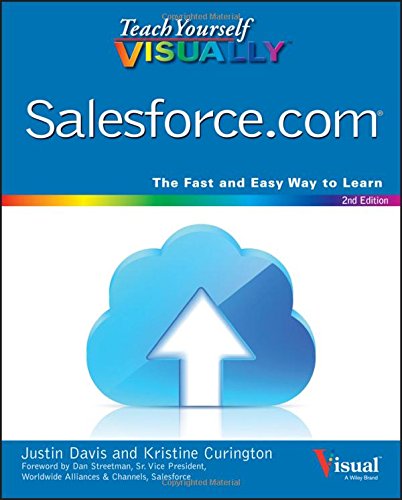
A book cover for Teach Yourself VISUALLY Salesforce.com (Teach Yourself VISUALLY (Tech)); Justin Davis; Computers & Technology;